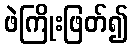
ဖဲကြိုးဖြတ်၍